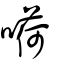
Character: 嗬